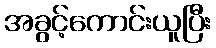
အခွင့်ကောင်းယူပြီး